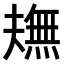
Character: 𤏠